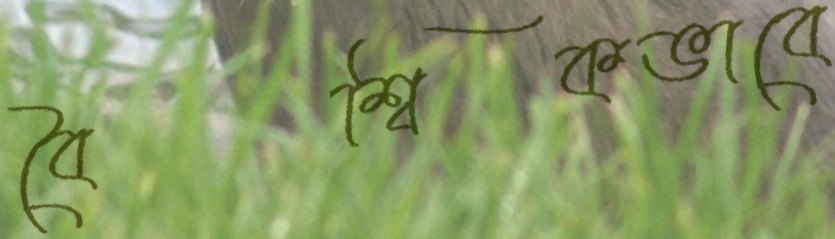
বৈশ্বিকভাবে